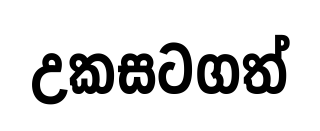
උකසටගත්